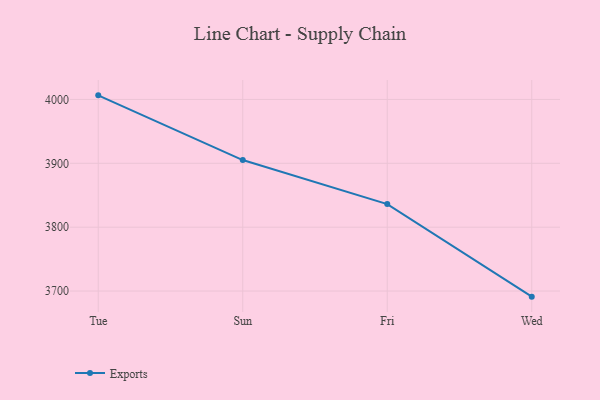
{"axis": {"x": "Day", "y": "Website Visitors"}, "legend": ["Exports"], "data": [{"x": "Tue", "y": 4006.4, "type": "Exports"}, {"x": "Sun", "y": 3905.1, "type": "Exports"}, {"x": "Fri", "y": 3836.2, "type": "Exports"}, {"x": "Wed", "y": 3691.2, "type": "Exports"}]}